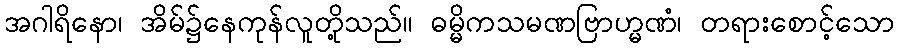
အဂါရိနော၊ အိမ်၌နေကုန်လူတို့သည်။ ဓမ္မိကသမဏဗြာဟ္မဏံ၊ တရားစောင့်သော